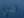
هي